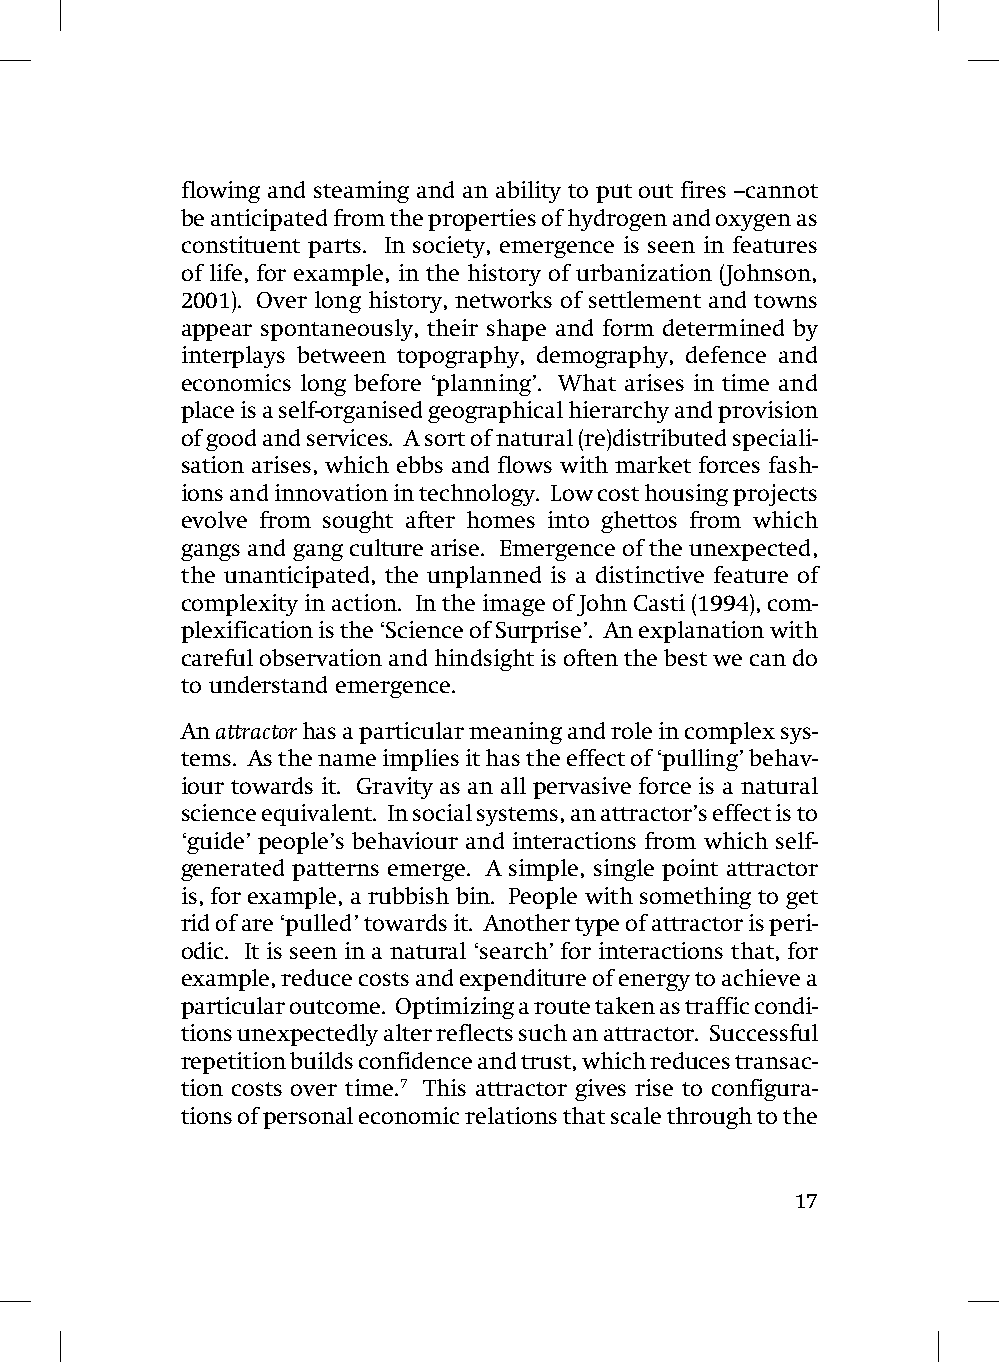
flowing and steaming and an ability to put out fires –cannot
 be anticipated from the properties of hydrogen and oxygen as
 constituent parts. In society, emergence is seen in features
 of life, for example, in the history of urbanization (Johnson,
 2001). Over long history, networks of settlement and towns
 appear spontaneously, their shape and form determined by
 interplays between topography, demography, defence and
 economics long before ‘planning’. What arises in time and
 place is a self-organised geographical hierarchy and provision
 of good and services. A sort of natural (re)distributed speciali-
 sation arises, which ebbs and flows with market forces fash-
 ions and innovation in technology. Low cost housing projects
 evolve from sought after homes into ghettos from which
 gangs and gang culture arise. Emergence of the unexpected,
 the unanticipated, the unplanned is a distinctive feature of
 complexity in action. In the image of John Casti (1994), com-
 plexification is the ‘Science of Surprise’. An explanation with
 careful observation and hindsight is often the best we can do
 to understand emergence.
 An attractor has a particular meaning and role in complex sys-
 tems. As the name implies it has the effect of ‘pulling’ behav-
 iour towards it. Gravity as an all pervasive force is a natural
 science equivalent. In social systems, an attractor’s effect is to
 ‘guide’ people’s behaviour and interactions from which self-
 generated patterns emerge. A simple, single point attractor
 is, for example, a rubbish bin. People with something to get
 rid of are ‘pulled’ towards it. Another type of attractor is peri-
 odic. It is seen in a natural ‘search’ for interactions that, for
 example, reduce costs and expenditure of energy to achieve a
 particular outcome. Optimizing a route taken as traffic condi-
 tions unexpectedly alter reflects such an attractor. Successful
 repetition builds confidence and trust, which reduces transac-
 tion costs over time.7 This attractor gives rise to configura-
 tions of personal economic relations that scale through to the
 17